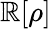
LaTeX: \mathbb{R}[\rho]